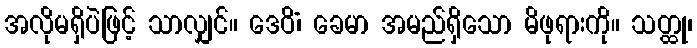
အလိုမရှိပဲဖြင့် သာလျှင်။ ဒေဝိံ၊ ခေမာ အမည်ရှိသော မိဖုရားကို။ သတ္ထု၊